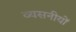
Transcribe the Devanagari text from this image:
व्यसनीयों